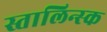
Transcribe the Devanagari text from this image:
स्तालिन्स्क